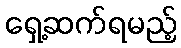
ရှေ့ဆက်ရမည့်